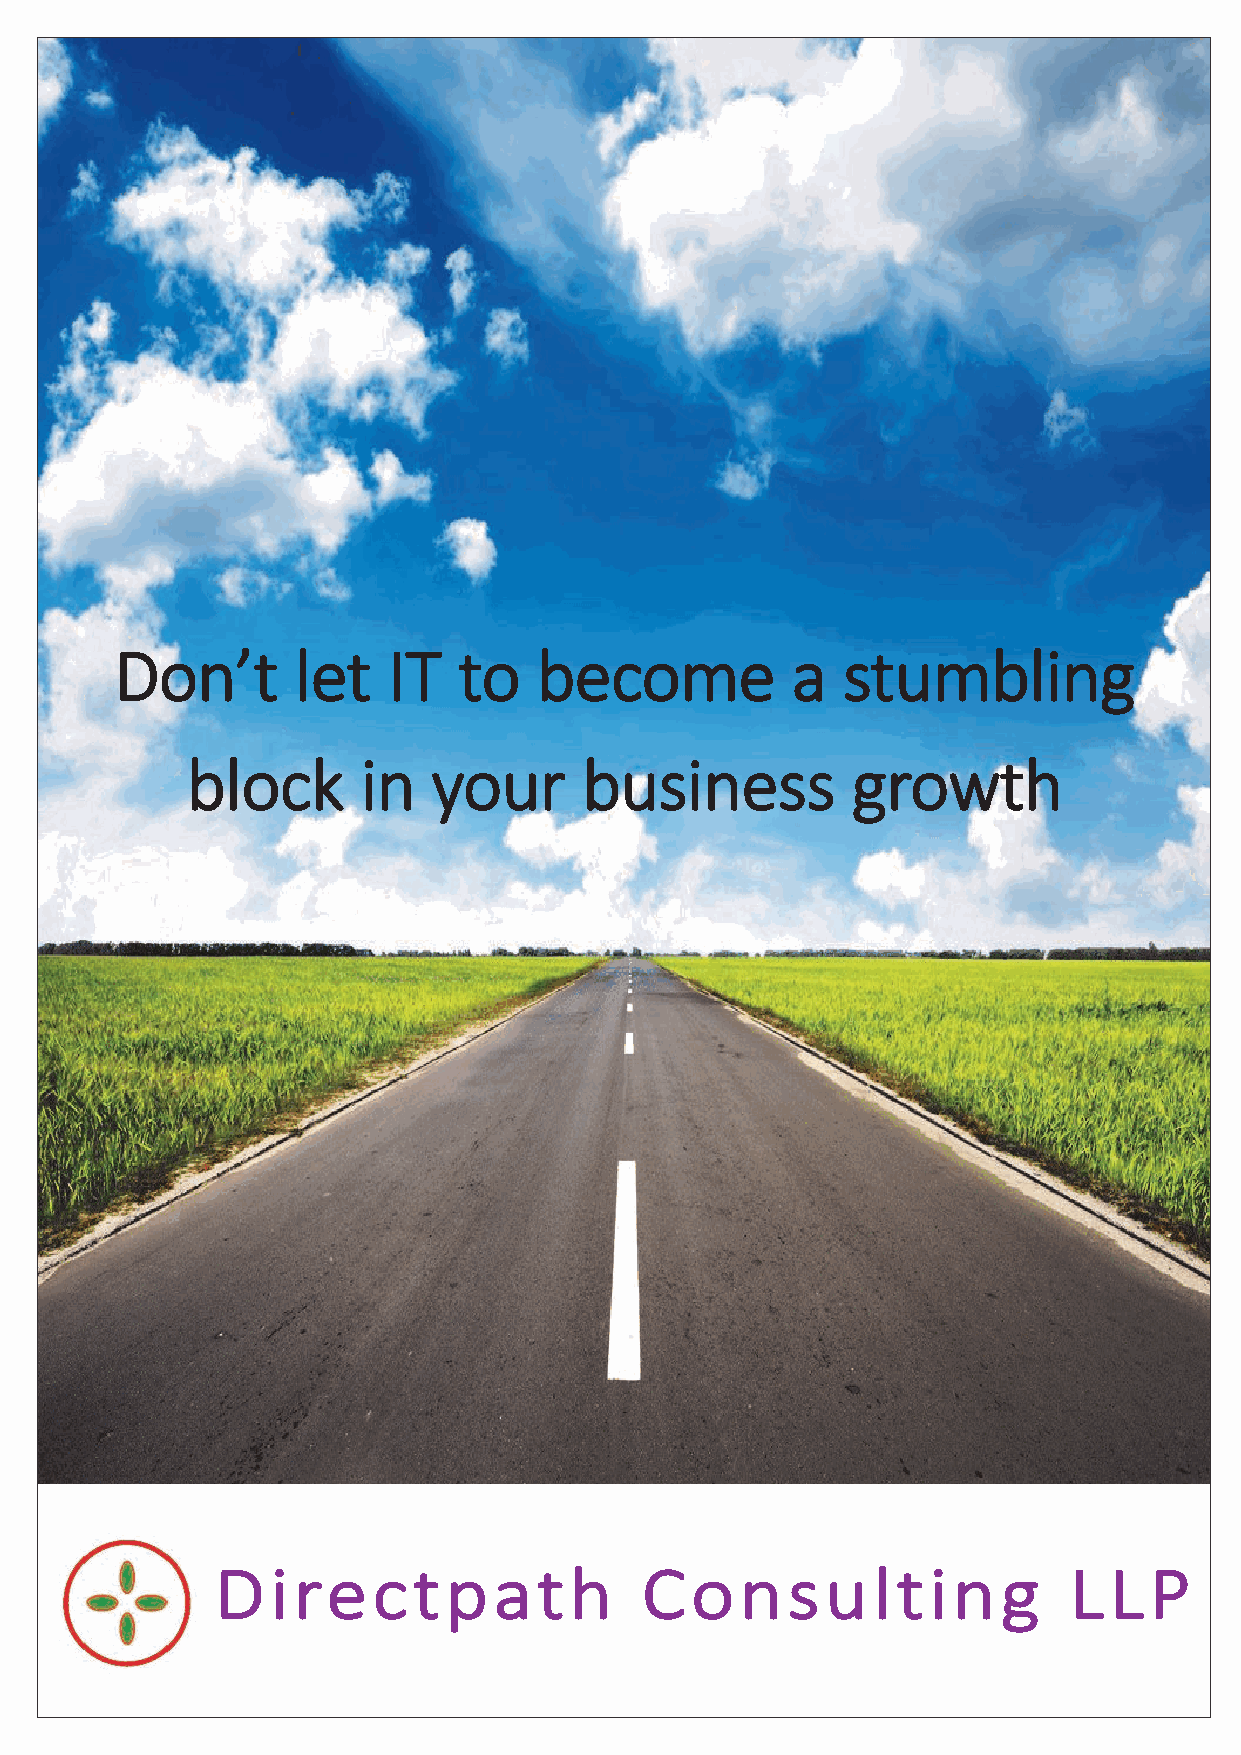
Don’t       let   IT  to    become          a   stumbling
 block       in   your      business         growth
 Directpath                  Consulting                   LLP